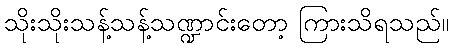
သိုးသိုးသန့်သန့်သဏ္ဍာင်းတော့ ကြားသိရသည်။